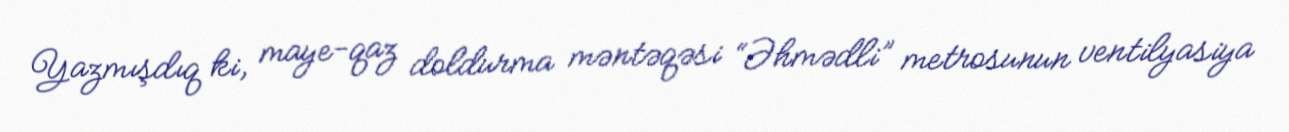
Yazmışdıq ki, maye-qaz doldurma məntəqəsi “Əhmədli” metrosunun ventilyasiya